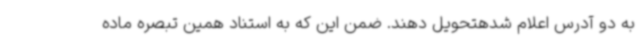
به دو آدرس اعلام شدهتحویل دهند. ضمن این که به استناد همین تبصره ماده